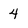
Character: 4